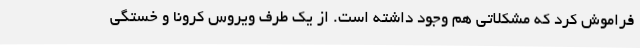
فراموش کرد که مشکلاتی هم وجود داشته است. از یک طرف ویروس کرونا و خستگی